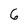
Character: 6